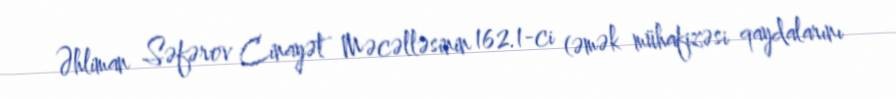
Əhliman Səfərov Cinayət Məcəlləsinin 162.1-ci (əmək mühafizəsi qaydalarını